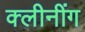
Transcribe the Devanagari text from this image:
क्लीनींग